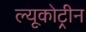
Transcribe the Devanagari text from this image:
ल्यूकोट्रीन